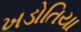
ખડોતિયા